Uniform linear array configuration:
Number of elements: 32
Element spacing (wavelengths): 0.25
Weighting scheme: kaiser
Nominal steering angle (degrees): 45
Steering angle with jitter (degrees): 46.595
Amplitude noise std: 0.05
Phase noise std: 0.05

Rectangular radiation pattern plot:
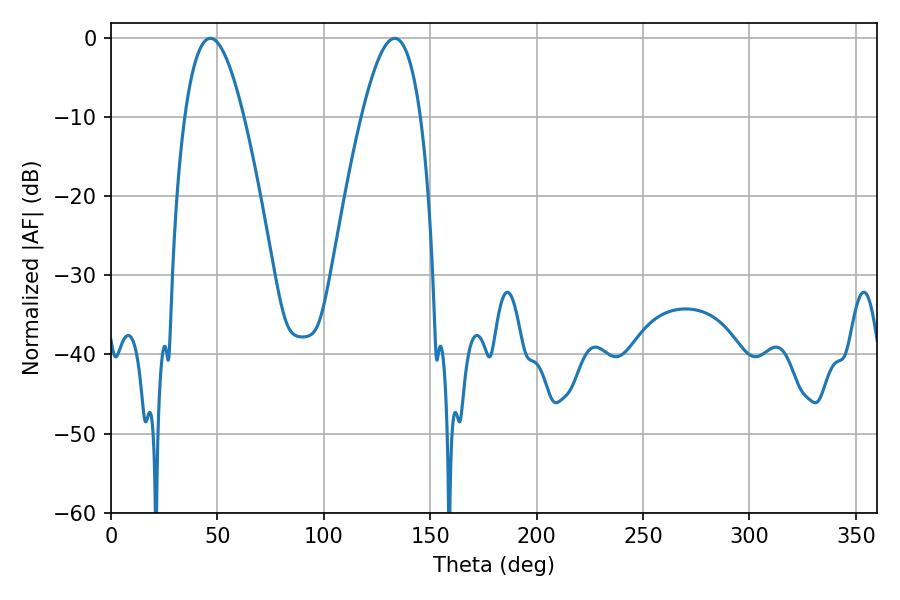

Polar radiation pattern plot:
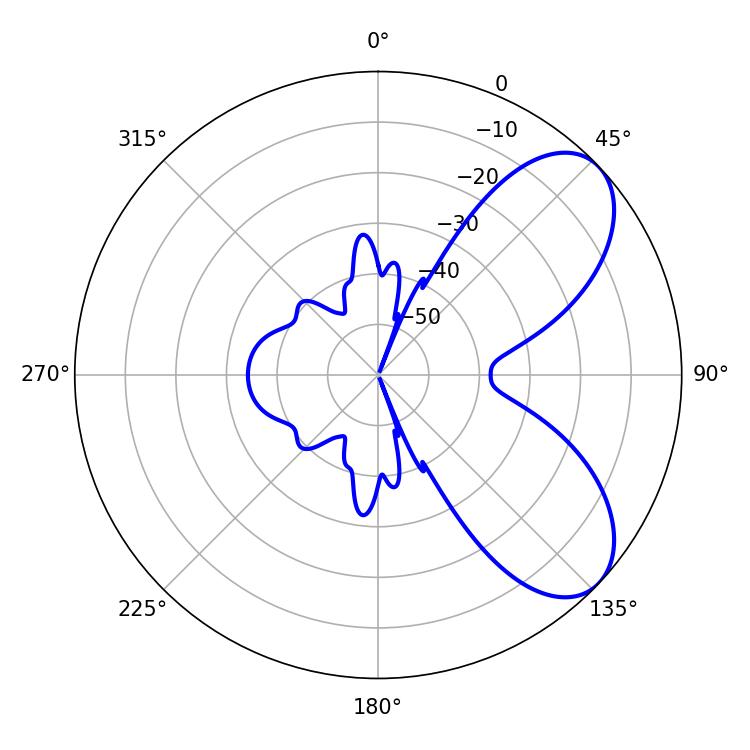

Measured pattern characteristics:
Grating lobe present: FALSE
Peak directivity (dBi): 6.783
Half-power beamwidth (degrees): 15.3
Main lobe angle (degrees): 46.62